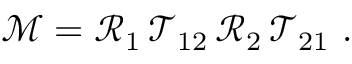
{ \mathcal { M } } = { \mathcal { R } } _ { 1 } \, { \mathcal { T } } _ { 1 2 } \, { \mathcal { R } } _ { 2 } \, { \mathcal { T } } _ { 2 1 } ~ .